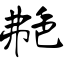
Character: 艴